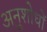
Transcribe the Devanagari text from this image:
अनुशोधों